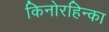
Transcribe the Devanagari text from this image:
किनोरहिन्का